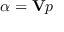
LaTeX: \alpha = \mathbf { V } p